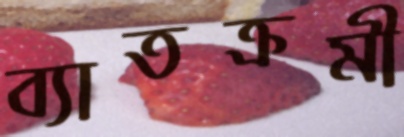
ব্যাতক্রমী